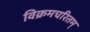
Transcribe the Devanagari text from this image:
विक्रमचरितम्